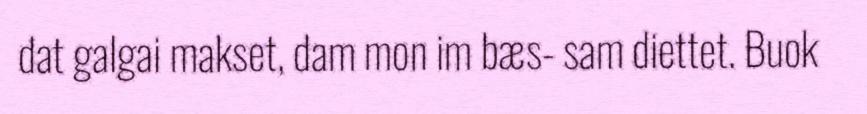
dat galgai makset, dam mon im bæs- sam diettet. Buok